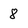
Character: 8